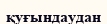
қуғындаудан